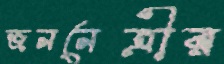
জননেত্রীর